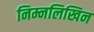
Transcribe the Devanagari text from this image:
निम्नलिखिन